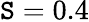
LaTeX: \mathtt{S}=0.4